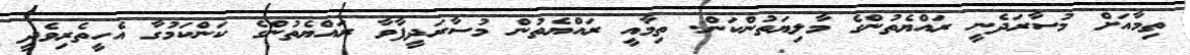
ތިމާއަށް މުސާރަދެނީ ރައްޔެތުންގެ މާލިޔަތުންކަން. ތިމާއީ ރައްޔެތުން މުސާރަދީފާވާ ރައްޔެތުންގެ ކަންކަމުގާ އެހީތެރިވެދީ